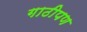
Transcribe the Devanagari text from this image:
गाठीपण